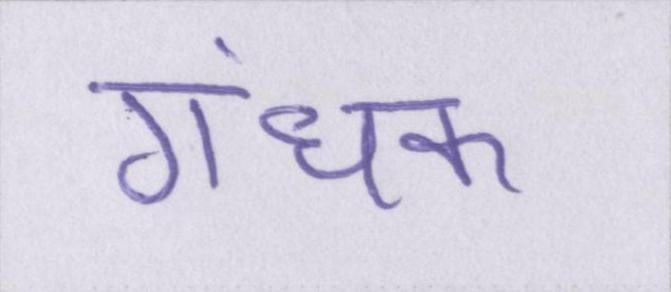
गंधक